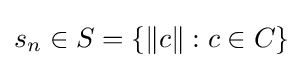
s_{n}\in S=\{\|c\|:c\in C\}